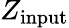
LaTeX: Z_{\mathrm{input}}